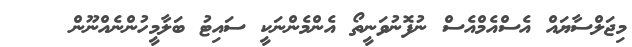
މިޖަލްސާޔައް އެސްއެމްއެސް ނުފޮނުވަނީތޯ އެންމެންނަކީ ސައިޓު ބަލާމީހުންނެއްނޫން